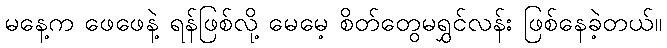
မနေ့က ဖေဖေနဲ့ ရန်ဖြစ်လို့ မေမေ့ စိတ်တွေမရွှင်လန်း ဖြစ်နေခဲ့တယ်။